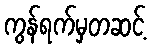
ကွန်ရက်မှတဆင့်